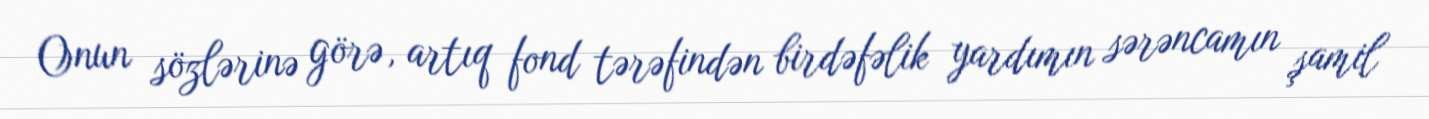
Onun sözlərinə görə, artıq fond tərəfindən birdəfəlik yardımın sərəncamın şamil